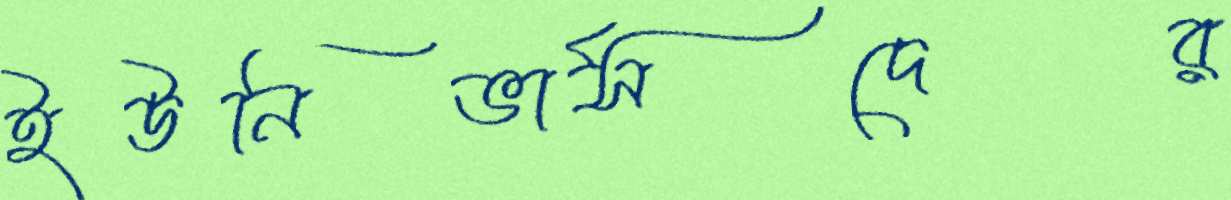
ইউনিভার্সদের